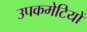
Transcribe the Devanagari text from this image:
उपकमेटियों